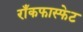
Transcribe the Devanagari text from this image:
राँकफास्फेट